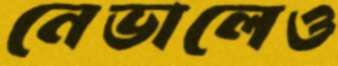
নেভালেও